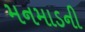
મનમાડની